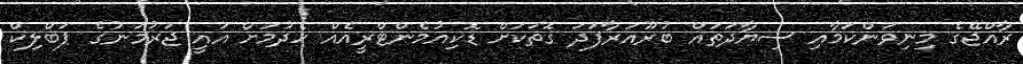
ރާއްޖޭގެ މިނިވަންކަމާއި ސިޔާދަތައް ބުރޫއަރާފަދަ ގޮތަކަށް ޑޮކިއުމެންޓްރީއެއް ހެދުމަށް އައީ ޖަރުމަނުގެ ޕަބްލިކް